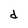
Character: d